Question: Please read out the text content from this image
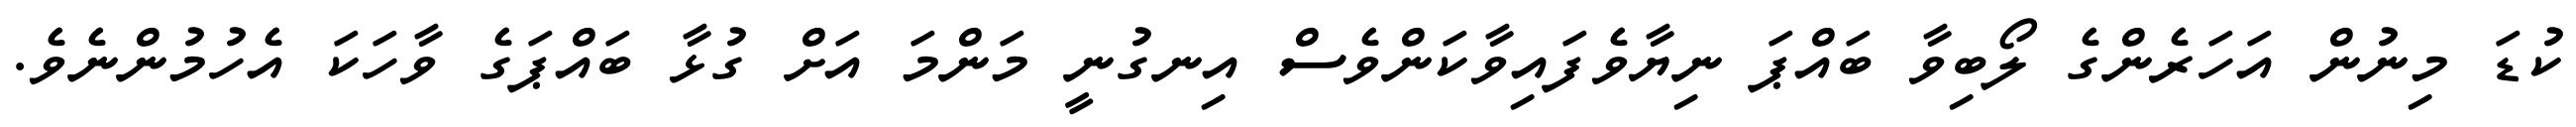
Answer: ކުޑަ މިނުން އަހަރެންގެ ލޯބިވާ ބައްޕަ ނިޔާވެފައިވާކަންވެސް އިނގުނީ މަންމަ އަށް ގުޅާ ބައްޕަގެ ވާހަކަ އެހުމުންނެވެ.